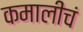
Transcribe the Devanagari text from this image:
कमालीचं